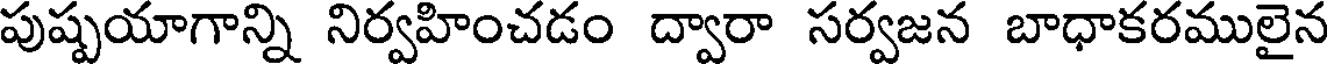
పుష్పయాగాన్ని నిర్వహించడం ద్వారా సర్వజన బాధాకరములైన